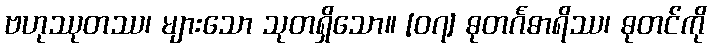
ဗဟုဿုတဿ၊ များသော သုတရှိသော။ [၀၇] ဓုတင်္ဂဓာရိဿ၊ ဓုတင်ကို